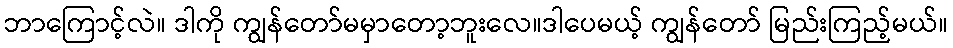
ဘာကြောင့်လဲ။ ဒါကို ကျွန်တော်မမှာတော့ဘူးလေ။ဒါပေမယ့် ကျွန်တော် မြည်းကြည့်မယ်။